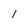
Character: l